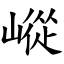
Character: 嵷